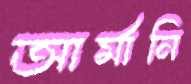
আর্মানি